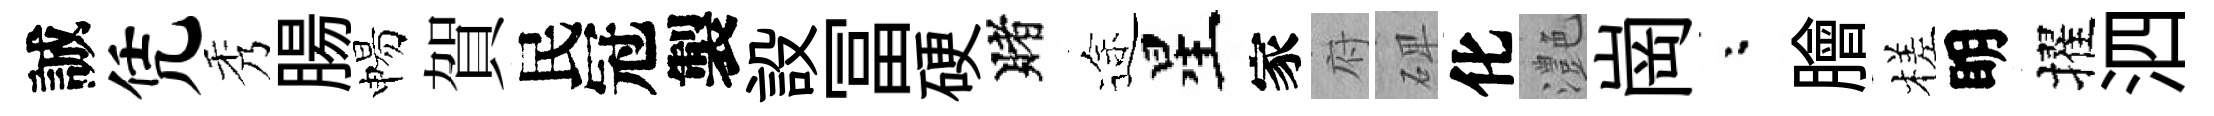
誠凭秀腸惕賀民冠製設冨硬賭途星家府𥓓化灔崗粉膾槎眀擢泗